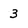
Character: 3